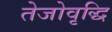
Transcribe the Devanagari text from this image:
तेजोवृद्धि